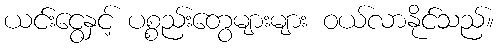
ယင်းငွေနှင့် ပစ္စည်းတွေများများ ဝယ်လာနိုင်သည်။